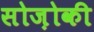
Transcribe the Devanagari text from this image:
सोज़ोकी